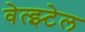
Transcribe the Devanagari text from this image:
वेत्झ्टेल